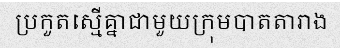
ប្រកួតស្មើគ្នាជាមួយក្រុមបាតតារាង